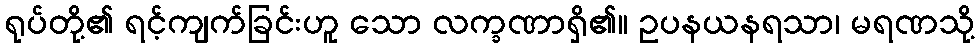
ရုပ်တို့၏ ရင့်ကျက်ခြင်းဟူ သော လက္ခဏာရှိ၏။ ဥပနယနရသာ၊ မရဏသို့